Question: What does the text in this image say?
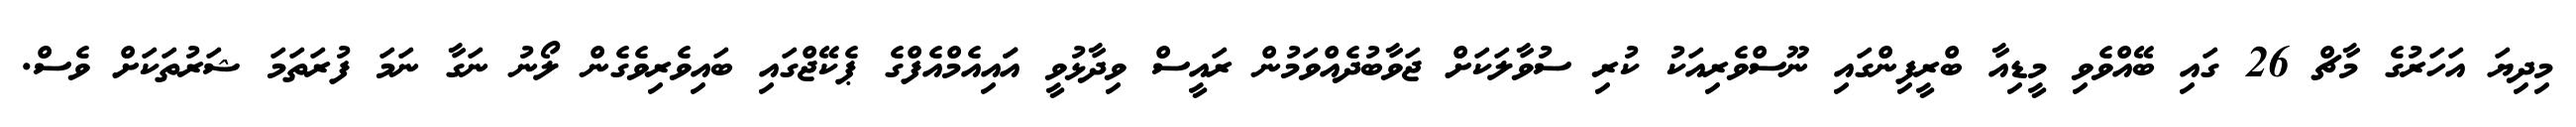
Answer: މިދިޔަ އަހަރުގެ މާޗް 26 ގައި ބޭއްވެވި މީޑިއާ ބްރީފިންގައި ނޫސްވެރިއަކު ކުރި ސުވާލަކަށް ޖަވާބުދެއްވަމުން ރައީސް ވިދާޅުވީ އަައިއެމްއެފްގެ ޕެކޭޖްގައި ބައިވެރިވެގެން ލޯނު ނަގާ ނަމަ ފުރަތަމަ ޝަރުތަކަށް ވެސް.